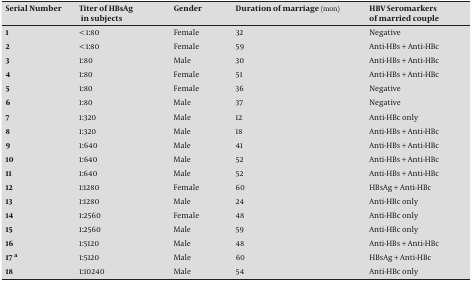
<table><thead><tr><td><b>Serial Number</b></td><td><b>Titer of HBsAgin subjects</b></td><td><b>Gender</b></td><td><b>Duration of marriage (mon)</b></td><td><b>HBV Seromarkers of married couple</b></td></tr></thead><tbody><tr><td><b>1</b></td><td>&lt; 1:80</td><td>Female</td><td>32</td><td>Negative</td></tr><tr><td><b>2</b></td><td>&lt; 1:80</td><td>Female</td><td>59</td><td>Anti-HBs + Anti-HBc</td></tr><tr><td><b>3</b></td><td>1:80</td><td>Male</td><td>30</td><td>Anti-HBs + Anti-HBc</td></tr><tr><td><b>4</b></td><td>1:80</td><td>Female</td><td>51</td><td>Anti-HBs + Anti-HBc</td></tr><tr><td><b>5</b></td><td>1:80</td><td>Female</td><td>36</td><td>Negative</td></tr><tr><td><b>6</b></td><td>1:80</td><td>Male</td><td>37</td><td>Negative</td></tr><tr><td><b>7</b></td><td>1:320</td><td>Male</td><td>12</td><td>Anti-HBc only</td></tr><tr><td><b>8</b></td><td>1:320</td><td>Male</td><td>18</td><td>Anti-HBs + Anti-HBc</td></tr><tr><td><b>9</b></td><td>1:640</td><td>Male</td><td>41</td><td>Anti-HBs + Anti-HBc</td></tr><tr><td><b>10</b></td><td>1:640</td><td>Male</td><td>52</td><td>Anti-HBs + Anti-HBc</td></tr><tr><td><b>11</b></td><td>1:640</td><td>Male</td><td>52</td><td>Anti-HBs + Anti-HBc</td></tr><tr><td><b>12</b></td><td>1:1280</td><td>Female</td><td>60</td><td>HBsAg + Anti-HBc</td></tr><tr><td><b>13</b></td><td>1:1280</td><td>Male</td><td>24</td><td>Anti-HBc only</td></tr><tr><td><b>14</b></td><td>1:2560</td><td>Female</td><td>48</td><td>Anti-HBc only</td></tr><tr><td><b>15</b></td><td>1:2560</td><td>Male</td><td>59</td><td>Anti-HBc only</td></tr><tr><td><b>16</b></td><td>1:5120</td><td>Male</td><td>48</td><td>Anti-HBs + Anti-HBc</td></tr><tr><td><b>17 a</b></td><td>1:5120</td><td>Male</td><td>60</td><td>HBsAg + Anti-HBc</td></tr><tr><td><b>18</b></td><td>1:10240</td><td>Male</td><td>54</td><td>Anti-HBc only</td></tr></tbody></table>